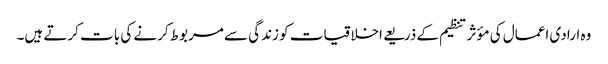
وہ ارادی اعمال کی مؤثر تنظیم کے ذریعے اخلاقیات کو زندگی سے مربوط کرنے کی بات کرتے ہیں۔